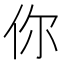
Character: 你